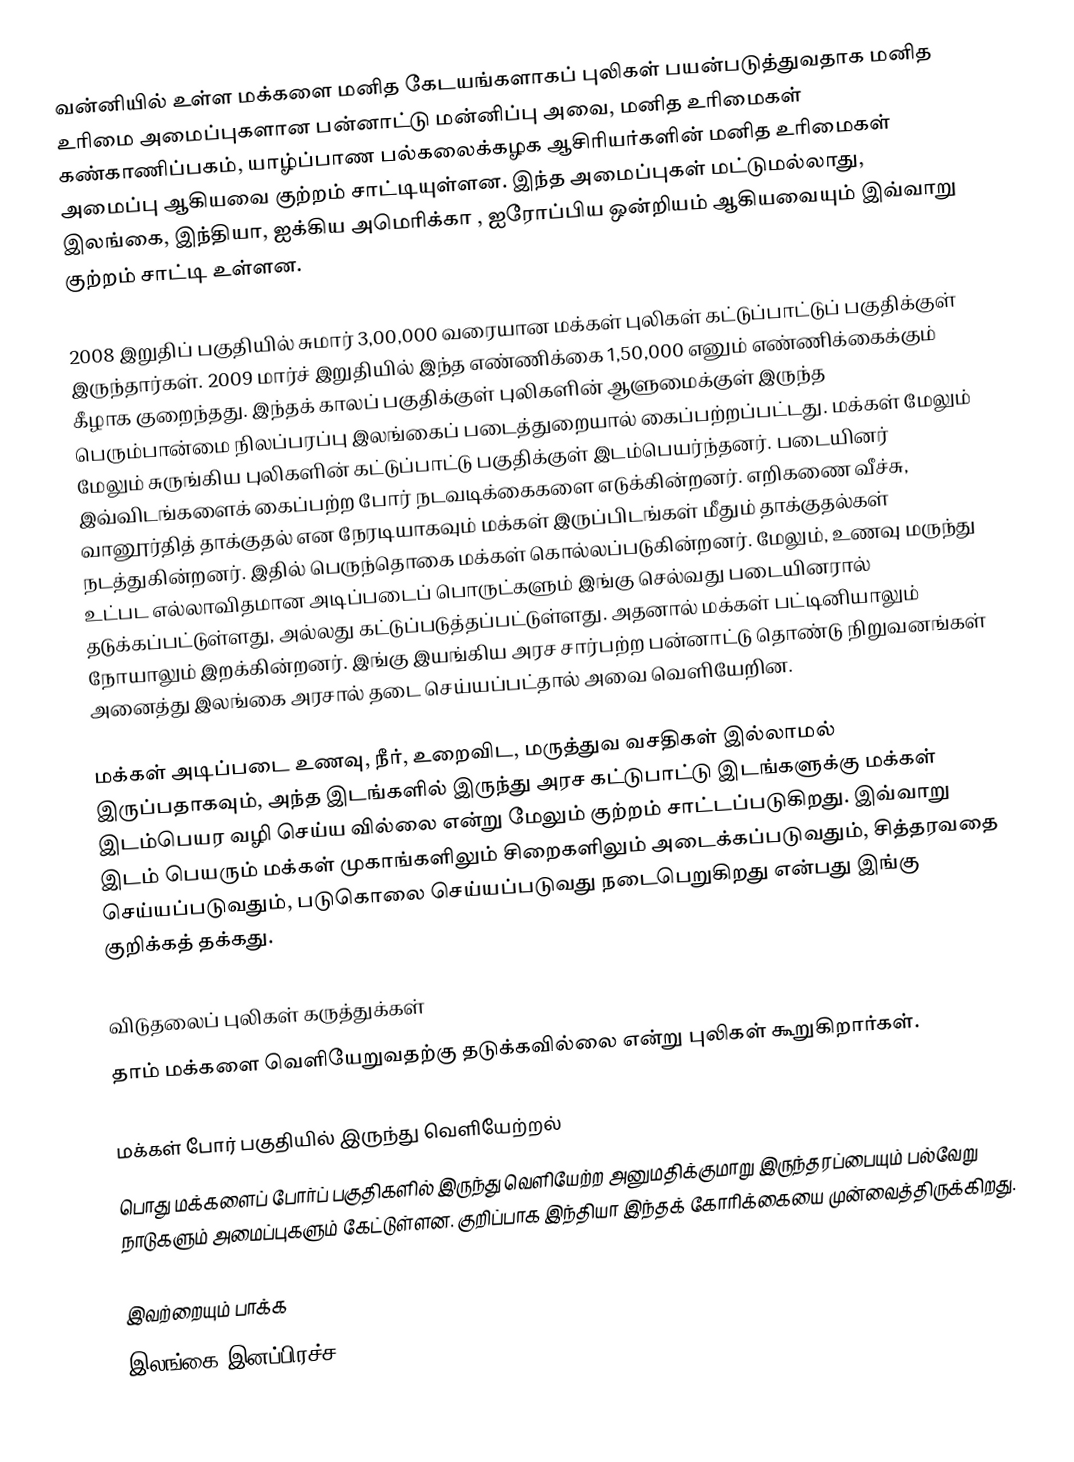
வன்னியில் உள்ள மக்களை மனித கேடயங்களாகப் புலிகள் பயன்படுத்துவதாக மனித உரிமை அமைப்புகளான பன்னாட்டு மன்னிப்பு அவை, மனித உரிமைகள் கண்காணிப்பகம், யாழ்ப்பாண பல்கலைக்கழக ஆசிரியர்களின் மனித உரிமைகள் அமைப்பு  ஆகியவை குற்றம் சாட்டியுள்ளன. இந்த அமைப்புகள் மட்டுமல்லாது, இலங்கை, இந்தியா, ஐக்கிய அமெரிக்கா , ஐரோப்பிய ஒன்றியம் ஆகியவையும் இவ்வாறு குற்றம் சாட்டி உள்ளன.

2008 இறுதிப் பகுதியில் சுமார் 3,00,000 வரையான மக்கள் புலிகள் கட்டுப்பாட்டுப் பகுதிக்குள் இருந்தார்கள். 2009 மார்ச் இறுதியில் இந்த எண்ணிக்கை 1,50,000 எனும் எண்ணிக்கைக்கும் கீழாக குறைந்தது. இந்தக் காலப் பகுதிக்குள் புலிகளின் ஆளுமைக்குள் இருந்த பெரும்பான்மை நிலப்பரப்பு இலங்கைப் படைத்துறையால் கைப்பற்றப்பட்டது. மக்கள் மேலும் மேலும் சுருங்கிய புலிகளின் கட்டுப்பாட்டு பகுதிக்குள் இடம்பெயர்ந்தனர். படையினர் இவ்விடங்களைக் கைப்பற்ற போர் நடவடிக்கைகளை எடுக்கின்றனர். எறிகணை வீச்சு, வானூர்தித் தாக்குதல் என நேரடியாகவும் மக்கள் இருப்பிடங்கள் மீதும் தாக்குதல்கள் நடத்துகின்றனர். இதில் பெருந்தொகை மக்கள் கொல்லப்படுகின்றனர். மேலும், உணவு மருந்து உட்பட எல்லாவிதமான அடிப்படைப் பொருட்களும் இங்கு செல்வது படையினரால் தடுக்கப்பட்டுள்ளது, அல்லது கட்டுப்படுத்தப்பட்டுள்ளது. அதனால் மக்கள் பட்டினியாலும் நோயாலும் இறக்கின்றனர். இங்கு இயங்கிய அரச சார்பற்ற பன்னாட்டு தொண்டு நிறுவனங்கள் அனைத்து இலங்கை அரசால் தடை செய்யப்பட்தால் அவை வெளியேறின.

மக்கள் அடிப்படை உணவு, நீர், உறைவிட, மருத்துவ வசதிகள் இல்லாமல் இருப்பதாகவும், அந்த இடங்களில் இருந்து அரச கட்டுபாட்டு இடங்களுக்கு மக்கள் இடம்பெயர வழி செய்ய வில்லை என்று மேலும் குற்றம் சாட்டப்படுகிறது. இவ்வாறு இடம் பெயரும் மக்கள் முகாங்களிலும் சிறைகளிலும் அடைக்கப்படுவதும், சித்தரவதை செய்யப்படுவதும், படுகொலை செய்யப்படுவது நடைபெறுகிறது என்பது இங்கு குறிக்கத் தக்கது.

விடுதலைப் புலிகள் கருத்துக்கள்
தாம் மக்களை வெளியேறுவதற்கு தடுக்கவில்லை என்று புலிகள் கூறுகிறார்கள்.

மக்கள் போர் பகுதியில் இருந்து வெளியேற்றல்
பொது மக்களைப் போர்ப் பகுதிகளில் இருந்து வெளியேற்ற அனுமதிக்குமாறு இருந்தரப்பையும் பல்வேறு நாடுகளும் அமைப்புகளும் கேட்டுள்ளன. குறிப்பாக இந்தியா இந்தக் கோரிக்கையை முன்வைத்திருக்கிறது.

இவற்றையும் பாக்க
 இலங்கை இனப்பிரச்ச